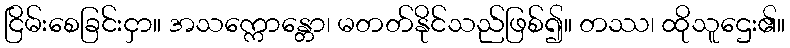
ငြိမ်းစေခြင်းငှာ။ အသက္ကောန္တော၊ မတတ်နိုင်သည်ဖြစ်၍။ တဿ၊ ထိုသူဌေး၏။